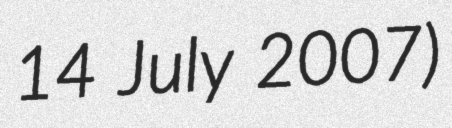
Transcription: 14 July 2007)